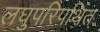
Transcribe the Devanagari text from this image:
लघुपरिपथित